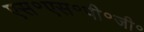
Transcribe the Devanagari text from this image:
एस॰एस॰पी॰जी॰